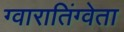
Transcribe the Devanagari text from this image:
ग्वारातिंग्वेता